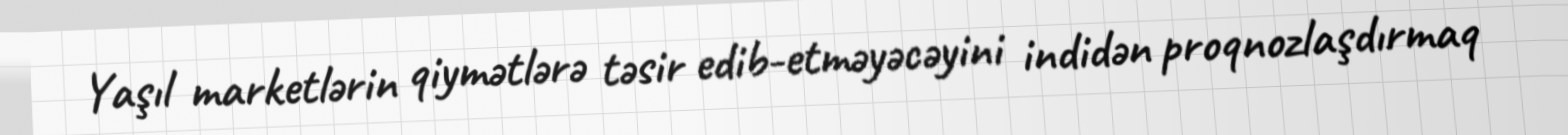
Yaşıl marketlərin qiymətlərə təsir edib-etməyəcəyini indidən proqnozlaşdırmaq